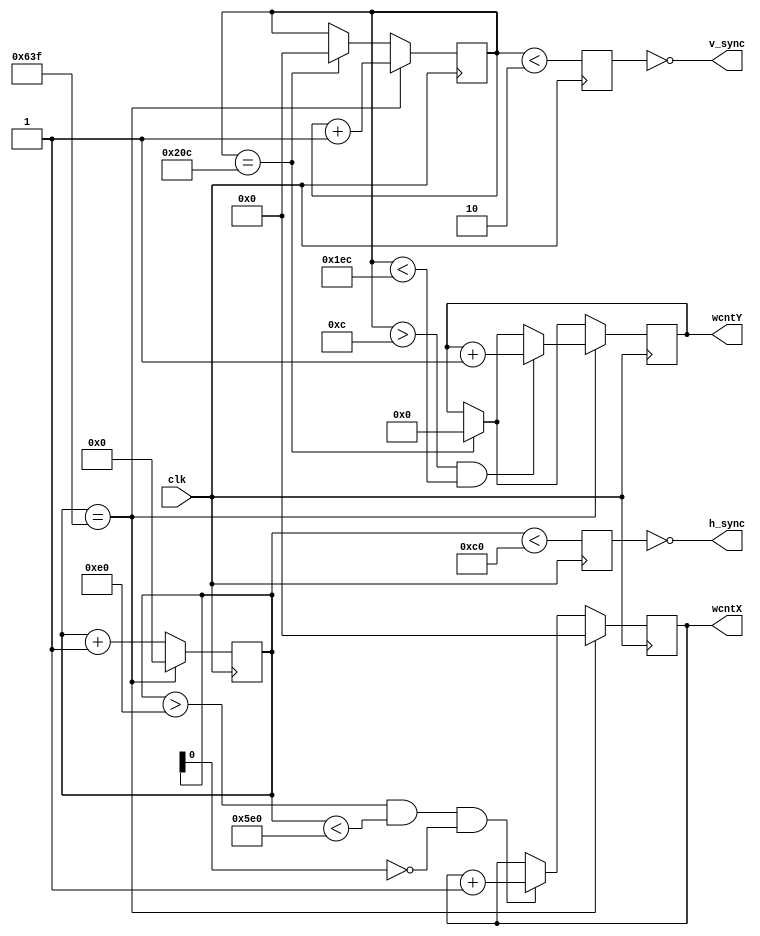
`timescale 1ns / 1ps
//////////////////////////////////////////////////////////////////////////////////
// Company: 
// Engineer: 
// 
// Design Name:    HV sync generator
// Module Name:    hvsync_gen 
// Project Name:   The FPGA Othello Game
// Target Devices: Spartan3E
// Tool versions: 
// Description: 
//		             designed for 640x480@60Hz
// Dependencies: 
//
// Revision: 
// Revision 0.01 - File Created
// Additional Comments: 
//    it works, using 50MHz clock
// Marius TIVADAR.
//
//////////////////////////////////////////////////////////////////////////////////
module hvsync_gen(
			clk,
			h_sync,
			v_sync,
			wcntX,
			wcntY
		 );


/* input clock */
input clk;

/* output h_sync */
output h_sync;
/* output v_sync */
output v_sync;
/* output X pixel cnt */ 
output [9:0] wcntX;
/* output Y pixel cnt */ 
output [8:0] wcntY;

/* 25.175 MHz pixel clock */
parameter PIXEL_CLOCK = 25;

/* ~50Mhz global clock frequency */
parameter GLOBAL_CLOCK = 50;

/* clock frequency not equal with pixel clock, so we multiply the parameters */
parameter MULT_FACTOR = GLOBAL_CLOCK / PIXEL_CLOCK;

parameter VGA_H_SYNC_PULSE  = 96 * MULT_FACTOR;
parameter VGA_H_FRONT_PORCH = 16 * MULT_FACTOR;
parameter VGA_H_BACK_PORCH  = 48 * MULT_FACTOR;
parameter VGA_H_PIXEL_COUNT = 800 * MULT_FACTOR;

parameter VGA_V_SYNC_PULSE  = 2;
parameter VGA_V_FRONT_PORCH = 10;
parameter VGA_V_BACK_PORCH  = 33;
parameter VGA_V_LINE_COUNT  = 525;

/* internal registers for H/V sync */
reg vga_HS;
reg vga_VS;

/* internal counters */
reg [10:0] cntX;
reg [9:0]  cntY;

/* window counters, H visible area: 640, V visible area: 480 */
reg [9:0] wcntX;
reg [8:0] wcntY;

wire cntXmaxed = (cntX == VGA_H_PIXEL_COUNT - 1);
wire cntYmaxed = (cntY == VGA_V_LINE_COUNT - 1);

/* update counters*/
always @(posedge clk) begin
	if(cntYmaxed) begin
			 cntY <= 0;
			wcntY <= 0;
	end
	
	if(cntXmaxed) begin
	     cntX <= 0;
		  cntY <= cntY + 1;
		 wcntX <= 0;		  
		
	 	 if (   (cntY > VGA_V_SYNC_PULSE + VGA_V_FRONT_PORCH) 
		 	  && (cntY < VGA_V_LINE_COUNT - VGA_V_BACK_PORCH)
				)
		 begin
		     wcntY <= wcntY + 1;
		 end
	
	end
	else begin
		 if (   (cntX[10:0] > VGA_H_SYNC_PULSE + VGA_H_FRONT_PORCH) 
			  && (cntX[10:0] < VGA_H_PIXEL_COUNT  - VGA_H_BACK_PORCH) 
			  && (cntX[0] == 0)  // count 2 by 2 (because global clock is 2*pixel_clock)
			 ) 
		  begin
				wcntX <= wcntX + 1;
		  end
	
		  cntX <= cntX + 1;
	end
	
end

/* generate HS and VS */
always @(posedge clk)
begin
	vga_HS <= (cntX[10:0] < VGA_H_SYNC_PULSE);
	vga_VS <= (cntY[9:0] < VGA_V_SYNC_PULSE);
end

/* polarity negative */
assign h_sync = ~vga_HS;
assign v_sync = ~vga_VS;

endmodule